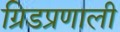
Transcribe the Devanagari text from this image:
ग्रिडप्रणाली